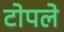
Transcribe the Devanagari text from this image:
टोपले